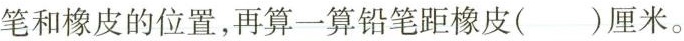
笔和橡皮的位置，再算一算铅笔距橡皮（）厘米。